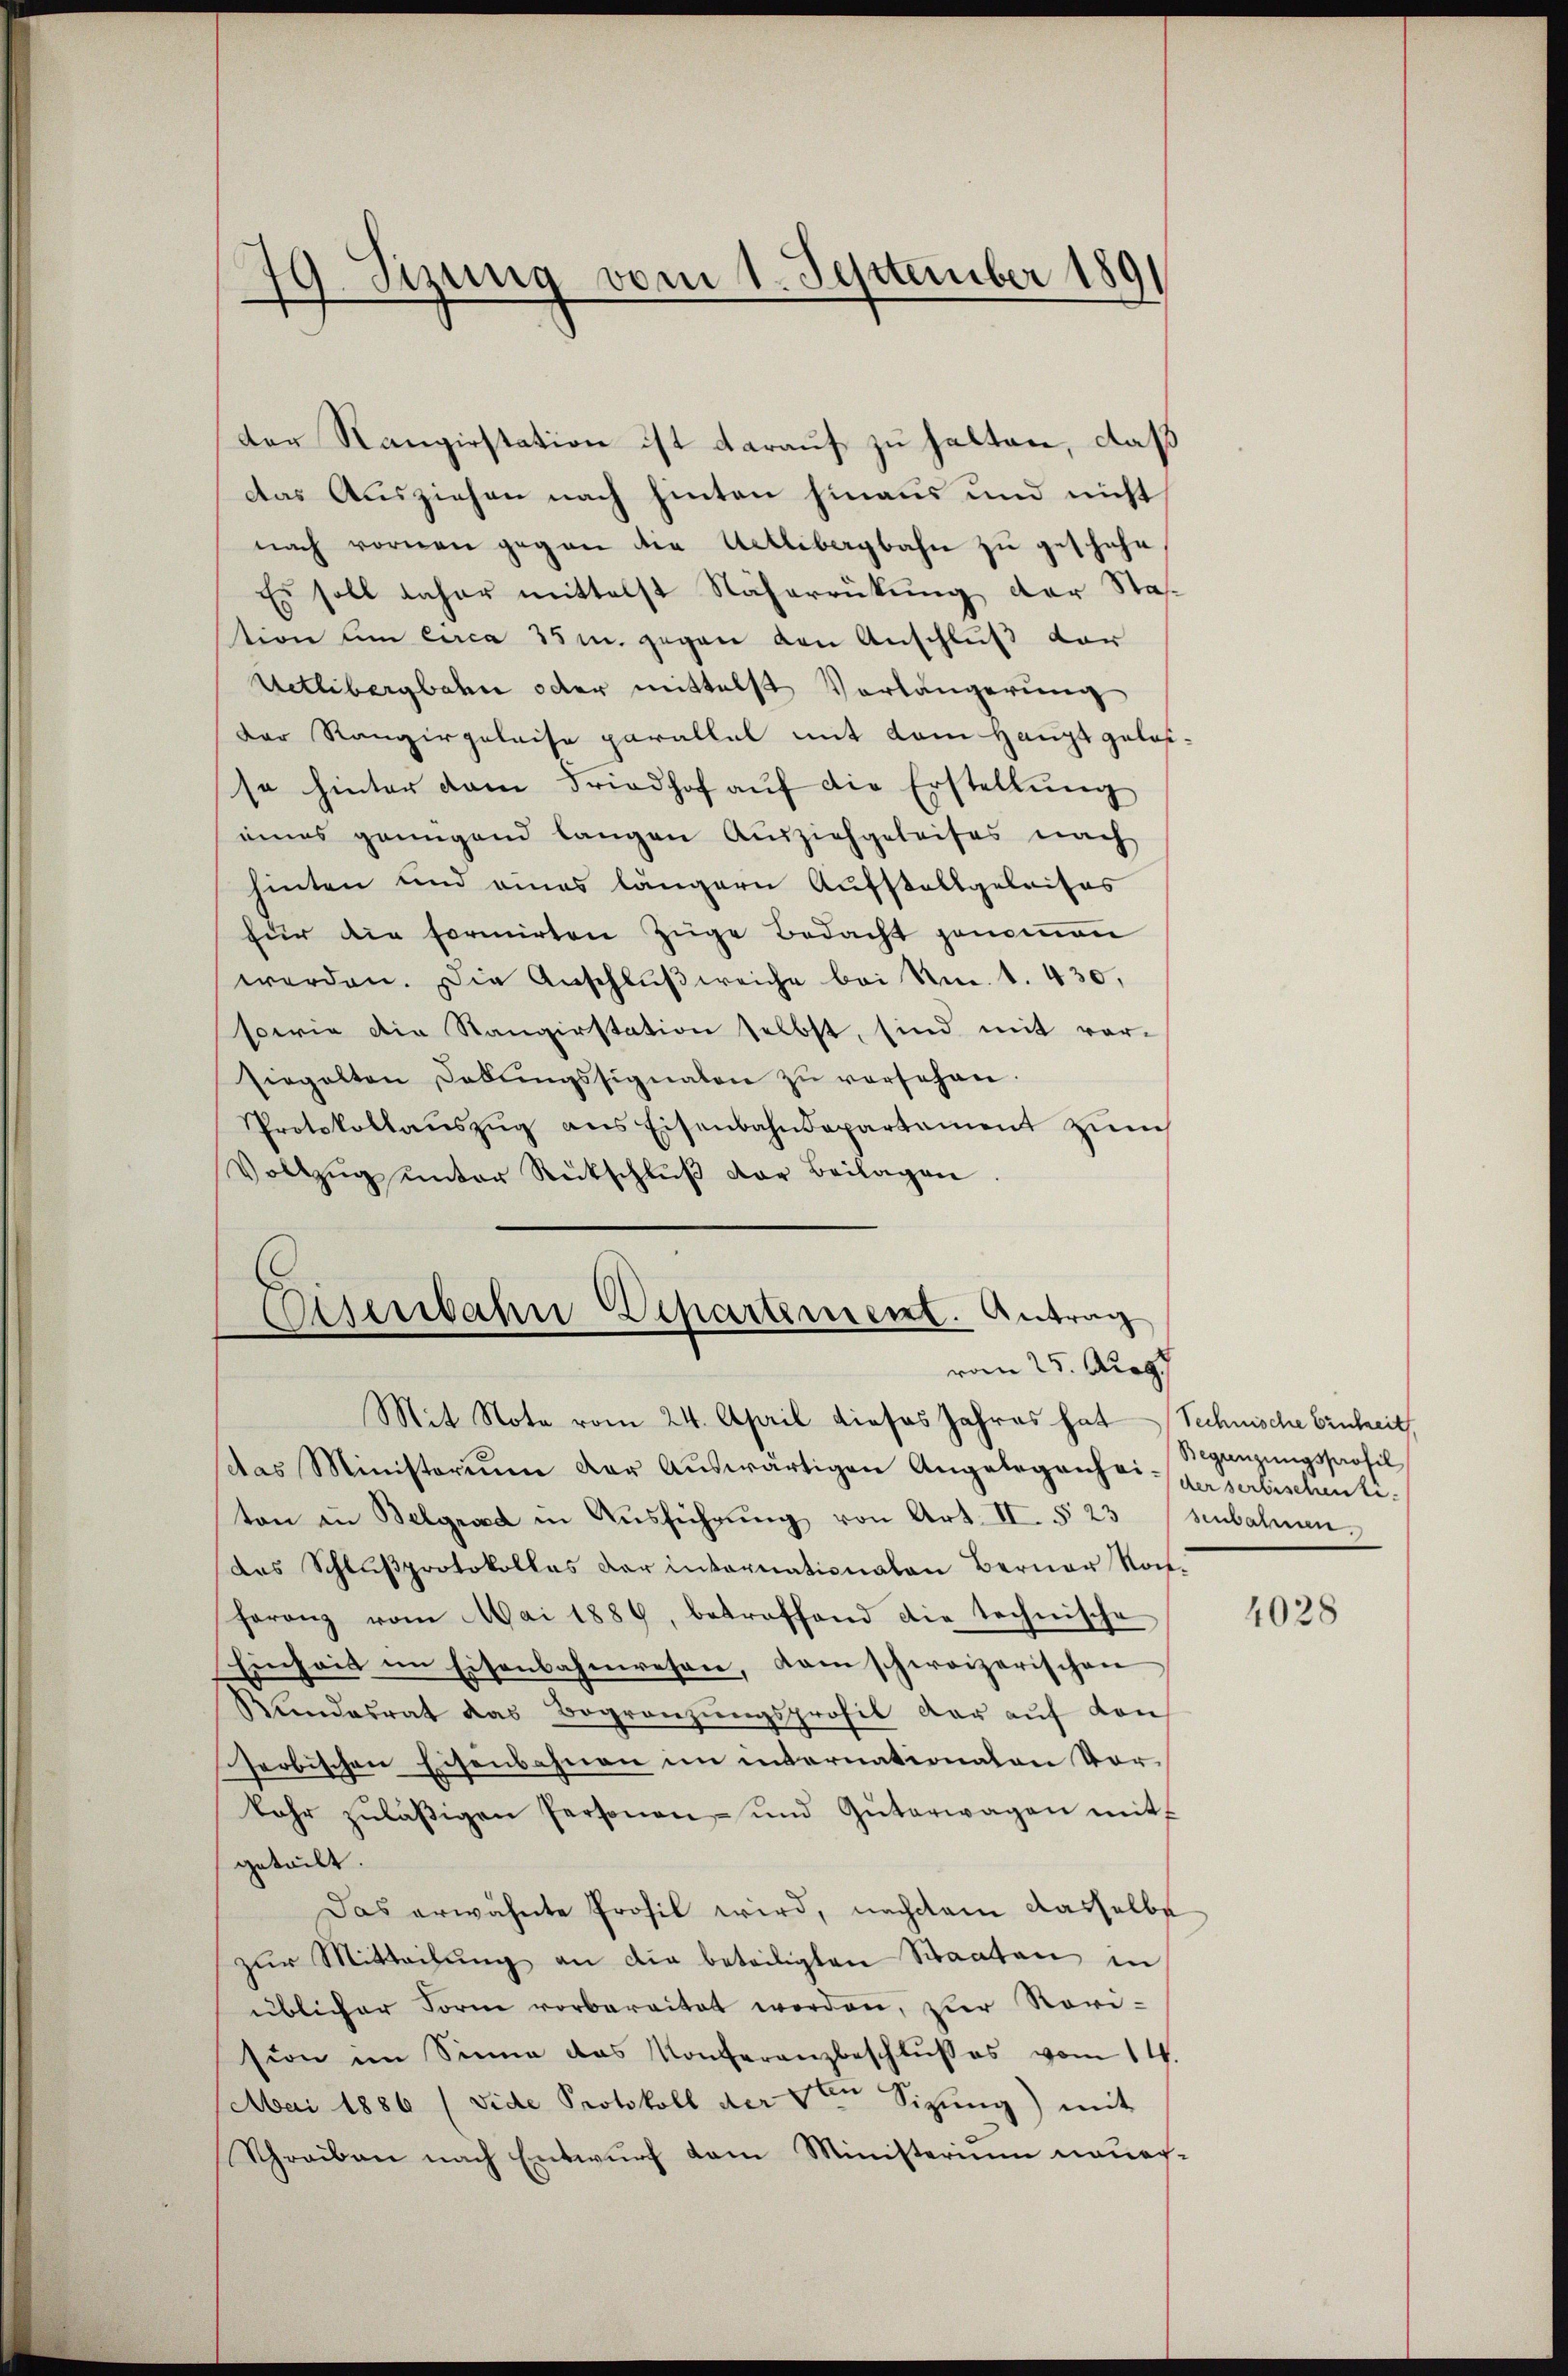
79. Sizung vom 1. September 1891

der Rangirstation ist darauf zu halten, daß
Das Ausziehen nach hinten hinaus und nicht
nach vornen gegen die Uetlibergbahn zu geschehe
Es soll daher mittelst Näherrückung der Station um circa 35 m. gegen den Anschluß vor
Uetlibergbahn oder mittelst Vorlängerung
Der Rangirgeleise parallel mit dem Haupt gelasso hinter dam Friedhof aŭf die Erstellŭng
eines genügend langen Ausziehgeleises nach
hinten und eines längern Aufstallgeleises
für die formirten Züge Bedacht genommen
werden. Die Anschlŭβweiche bei Nm. 1. 430,
serie die Stangirstation selbst, sind mit vor-
siegelten Debŭngssignaten zŭ versehen.
Protokollaŭszŭg ans Eisenbahndepartement zürch
Vollzug unter Rutschluß der Beilagen

Eisenbahn Departement. Antrag
vom 25. Augu
Mit Note vom 24. April dieses Jahres hat Technische Einheit

das Ministerium der Auswärtigen Angelegenheiderserlischentiton in Belgrad in Aŭsführŭng von Art. II. § 23 (senbahnen.
das Schlŭβprotokolles der internationalen Berner Roch.
feranz vom Mai 1889, betroffend die technische
Einheit im Eisenbahnwesen, dam schweizerischen
Kundesrat das Begränzŭngsprofil der aŭf von
serbischen Eisenbahnen im internationalen Vorkahr zuläßigen Personen und Güterwagen mitf
geteilt.
Das erwähnte Profil wird, nachdem dasselbe
zŭr Mitteilŭng an die beteiligten Staaten in
üblicher Form vorbereitet worden, zur Revi-
sion im Sinne das Konferanzbeschlußes vom 14.
Mai 1886 (vide Protokoll der 5ten Sizŭng) mit
Schreiben nach Entwurf dem Ministerium neuer¬

Begünzungsprofil

4028